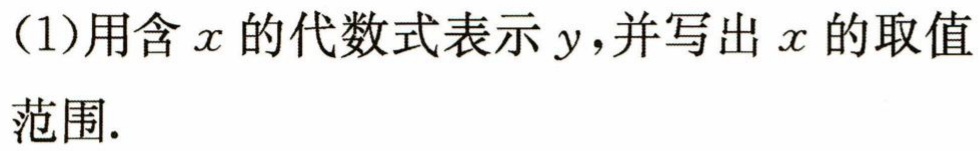
(1)用含\(x\)的代数式表示\(y\)，并写出\(x\)的取值范围.